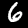
Label: 6